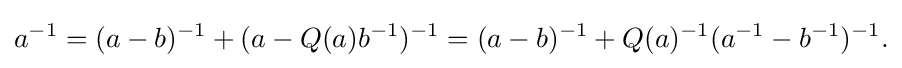
\displaystyle {a^{-1}=(a-b)^{-1}+(a-Q(a)b^{-1})^{-1}=(a-b)^{-1}+Q(a)^{-1}(a^{-1}-b^{-1})^{-1}.}